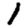
Digit: 1